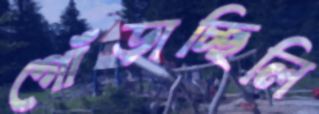
গোঁড়াচ্ছিলি